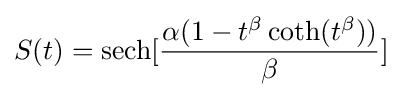
S(t)=\operatorname {sech} [{\frac {\alpha (1-t^{\beta }\operatorname {coth} (t^{\beta }))}{\beta }}]